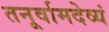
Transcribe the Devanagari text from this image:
तनूर्वामदेव्यं